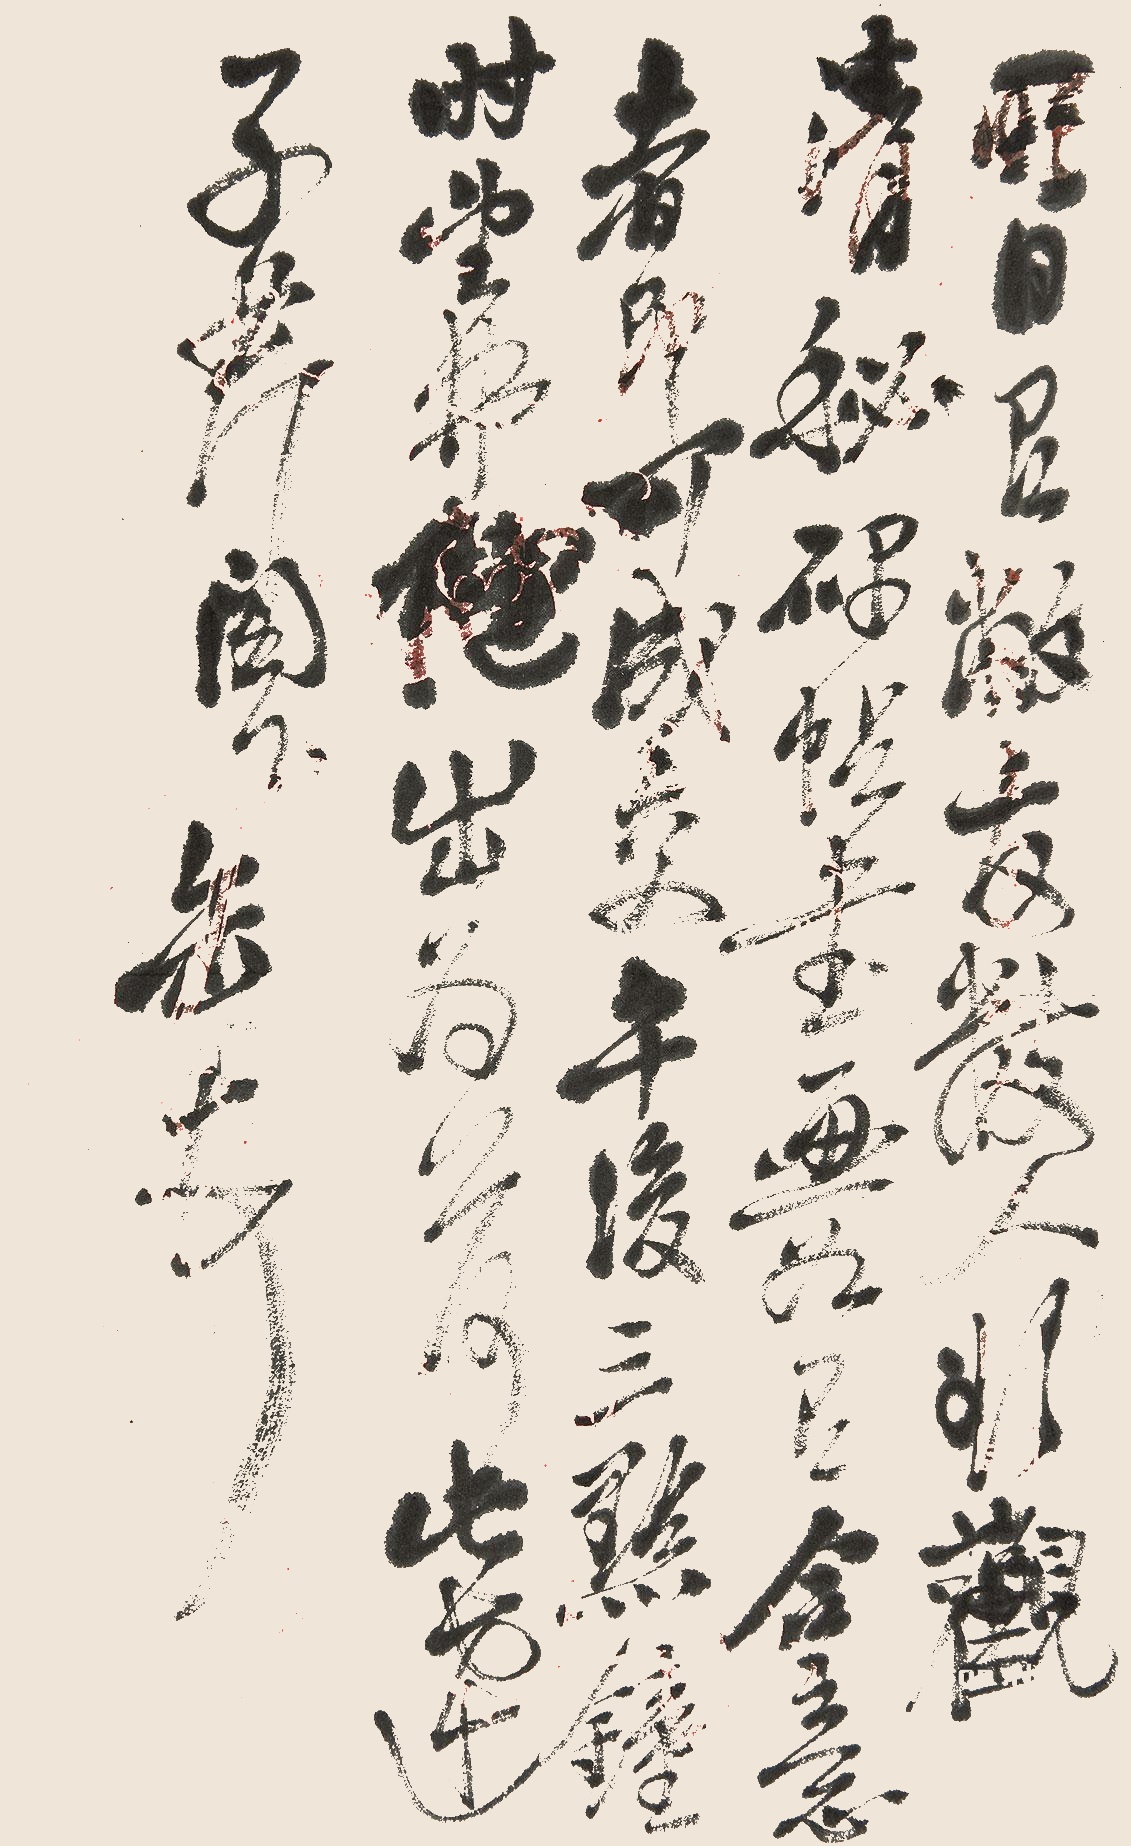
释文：明日有敝友数人欲观清秘碑帖书画，如有合意者，即可成交，午后三点钟时望弗他出为荷。此达子芹阁下。缶顿首。